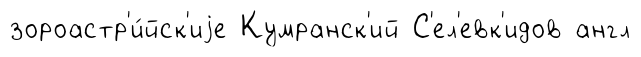
зороастр'и́йск'иjе Кумранск'ий С'ел'евк'идов англ